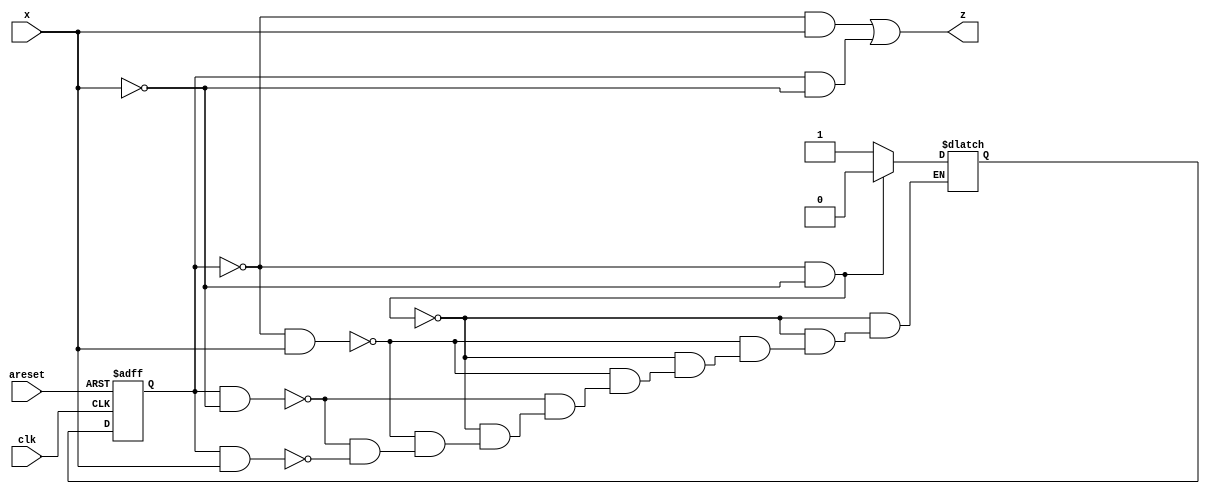
/*The following diagram is a Mealy machine implementation of the 2's complementer. Implement using one-hot encoding.*/
module top_module (
    input clk,
    input areset,
    input x,
    output z
); 
parameter sa=1'b0,sb=1'b1;
    reg state,next_state;
    always@(*)
        begin       
            if(state==sa && x==0)
                next_state=sa;
            else if(state==sa && x==1)
                next_state=sb;
            else if(state==sb && x==0)
                next_state=sb;
            else if(state==sb && x==1)
                next_state=sb;
            end
    always@(posedge clk,posedge areset)
        begin
            if(areset)
                state=sa;
            else
                state<=next_state;
        end
    assign z= ((~state)&x)|(state&(~x));
            
endmodule